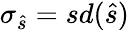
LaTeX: \sigma_{\hat{s}}=sd(\hat{s})